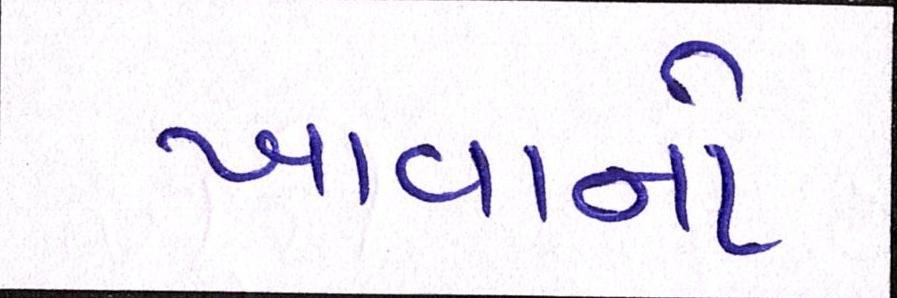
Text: ખાવાનો